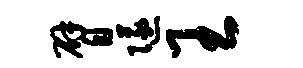
臂隧王